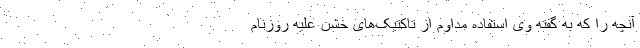
آنچه را که به گفته وی استفاده مداوم از تاکتیک‌های خشن علیه روزنام